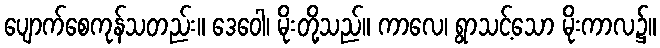
ပျောက်စေကုန်သတည်း။ ဒေဝေါ၊ မိုးတို့သည်။ ကာလေ၊ ရွာသင့်သော မိုးကာလ၌။